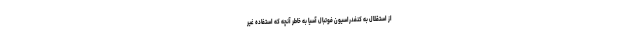
از استقلال به کنفدراسیون فوتبال آسیا به خاطر آنچه که استفاده غیر